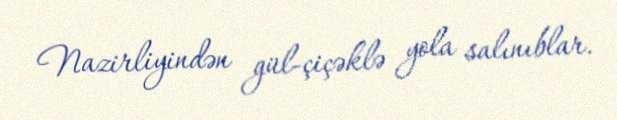
Nazirliyindən gül-çiçəklə yola salınıblar.